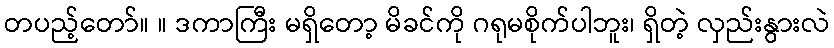
တပည့်တော်။ ။ ဒကာကြီး မရှိတော့ မိခင်ကို ဂရုမစိုက်ပါဘူး၊ ရှိတဲ့ လှည်းနွားလဲ